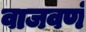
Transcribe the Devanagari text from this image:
वाजवणं